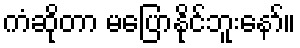
ကံဆိုတာ မပြောနိုင်ဘူးနော်။